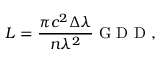
L = \frac { \pi c ^ { 2 } \Delta \lambda } { n \lambda ^ { 2 } } \mathrm { ~ G ~ D ~ D ~ } ,